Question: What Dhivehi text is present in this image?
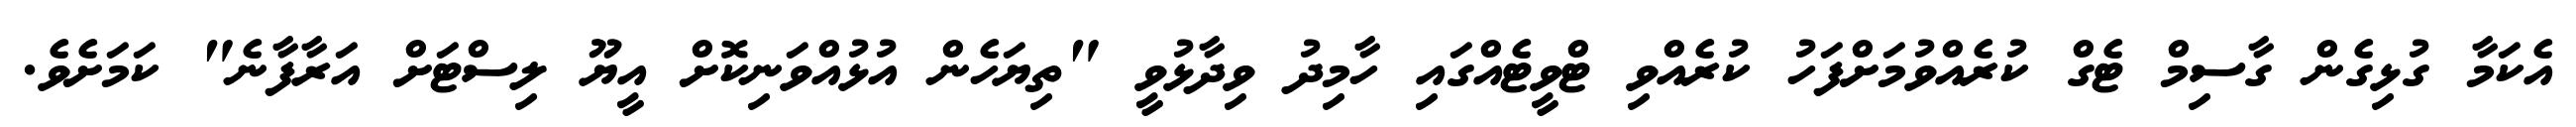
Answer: އެކަމާ ގުޅިގެން ގާސިމް ޓެގް ކުރެއްވުމަށްފަހު ކުރެއްވި ޓްވީޓެއްގައި ހާމިދު ވިދާޅުވީ "ތިޔަހެން އުޅުއްވަނިކޮށް އީޔޫ ލިސްޓަށް އަރާފާނެ" ކަމަށެވެ.